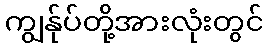
ကျွန်ုပ်တို့အားလုံးတွင်